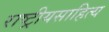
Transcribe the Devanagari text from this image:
राष्ट्रीयसाहित्य